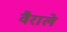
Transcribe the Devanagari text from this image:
वैराले